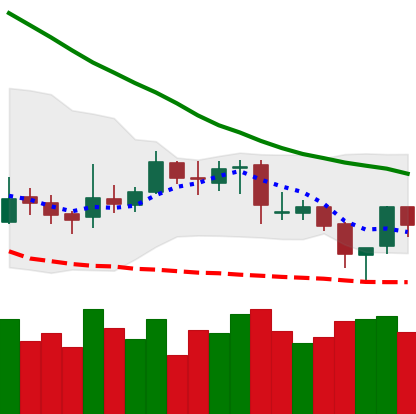
Ticker: XRP-USD
Chart end date: 2019-03-28
Forward return: 13.663%
Label: up_7plus